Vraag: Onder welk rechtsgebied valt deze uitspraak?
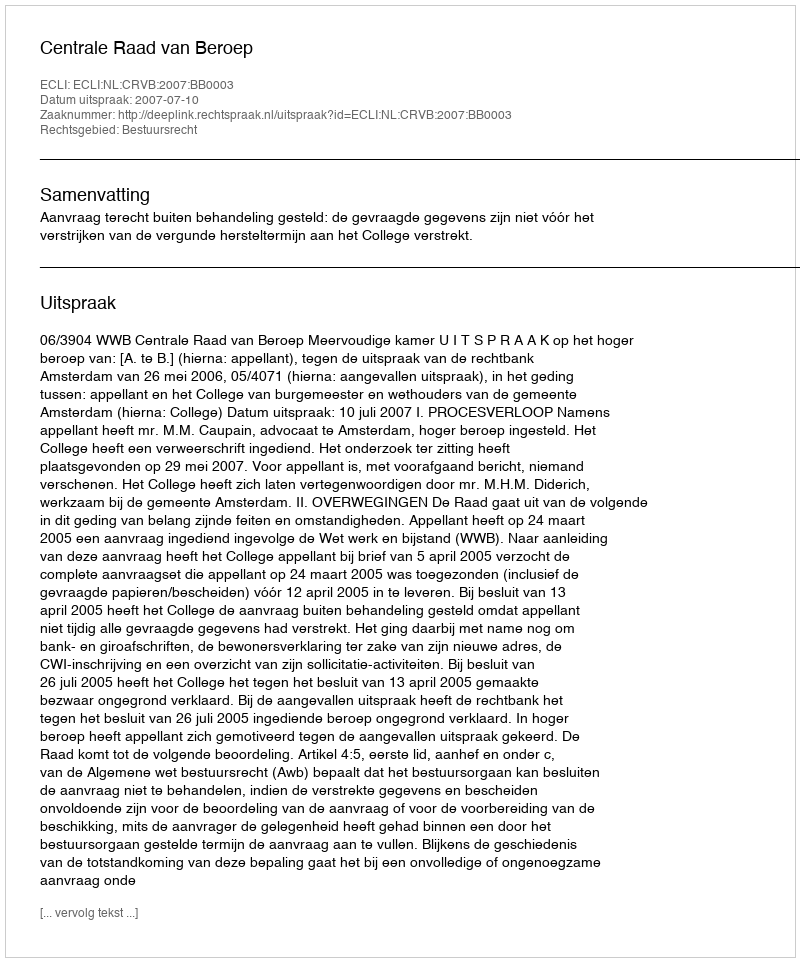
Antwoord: Bestuursrecht